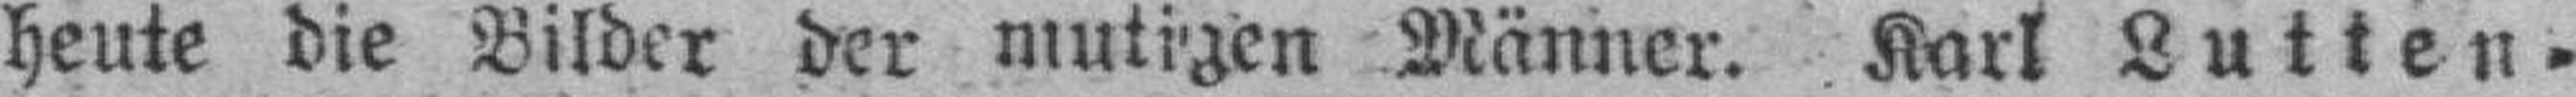
heute die Bilder der mutigen Männer. Karl Lutten¬